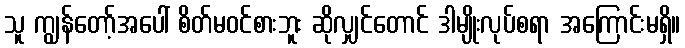
သူ ကျွန်တော့်အပေါ် စိတ်မဝင်စားဘူး ဆိုလျှင်တောင် ဒါမျိုးလုပ်စရာ အကြောင်းမရှိ။